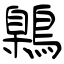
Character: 鷍